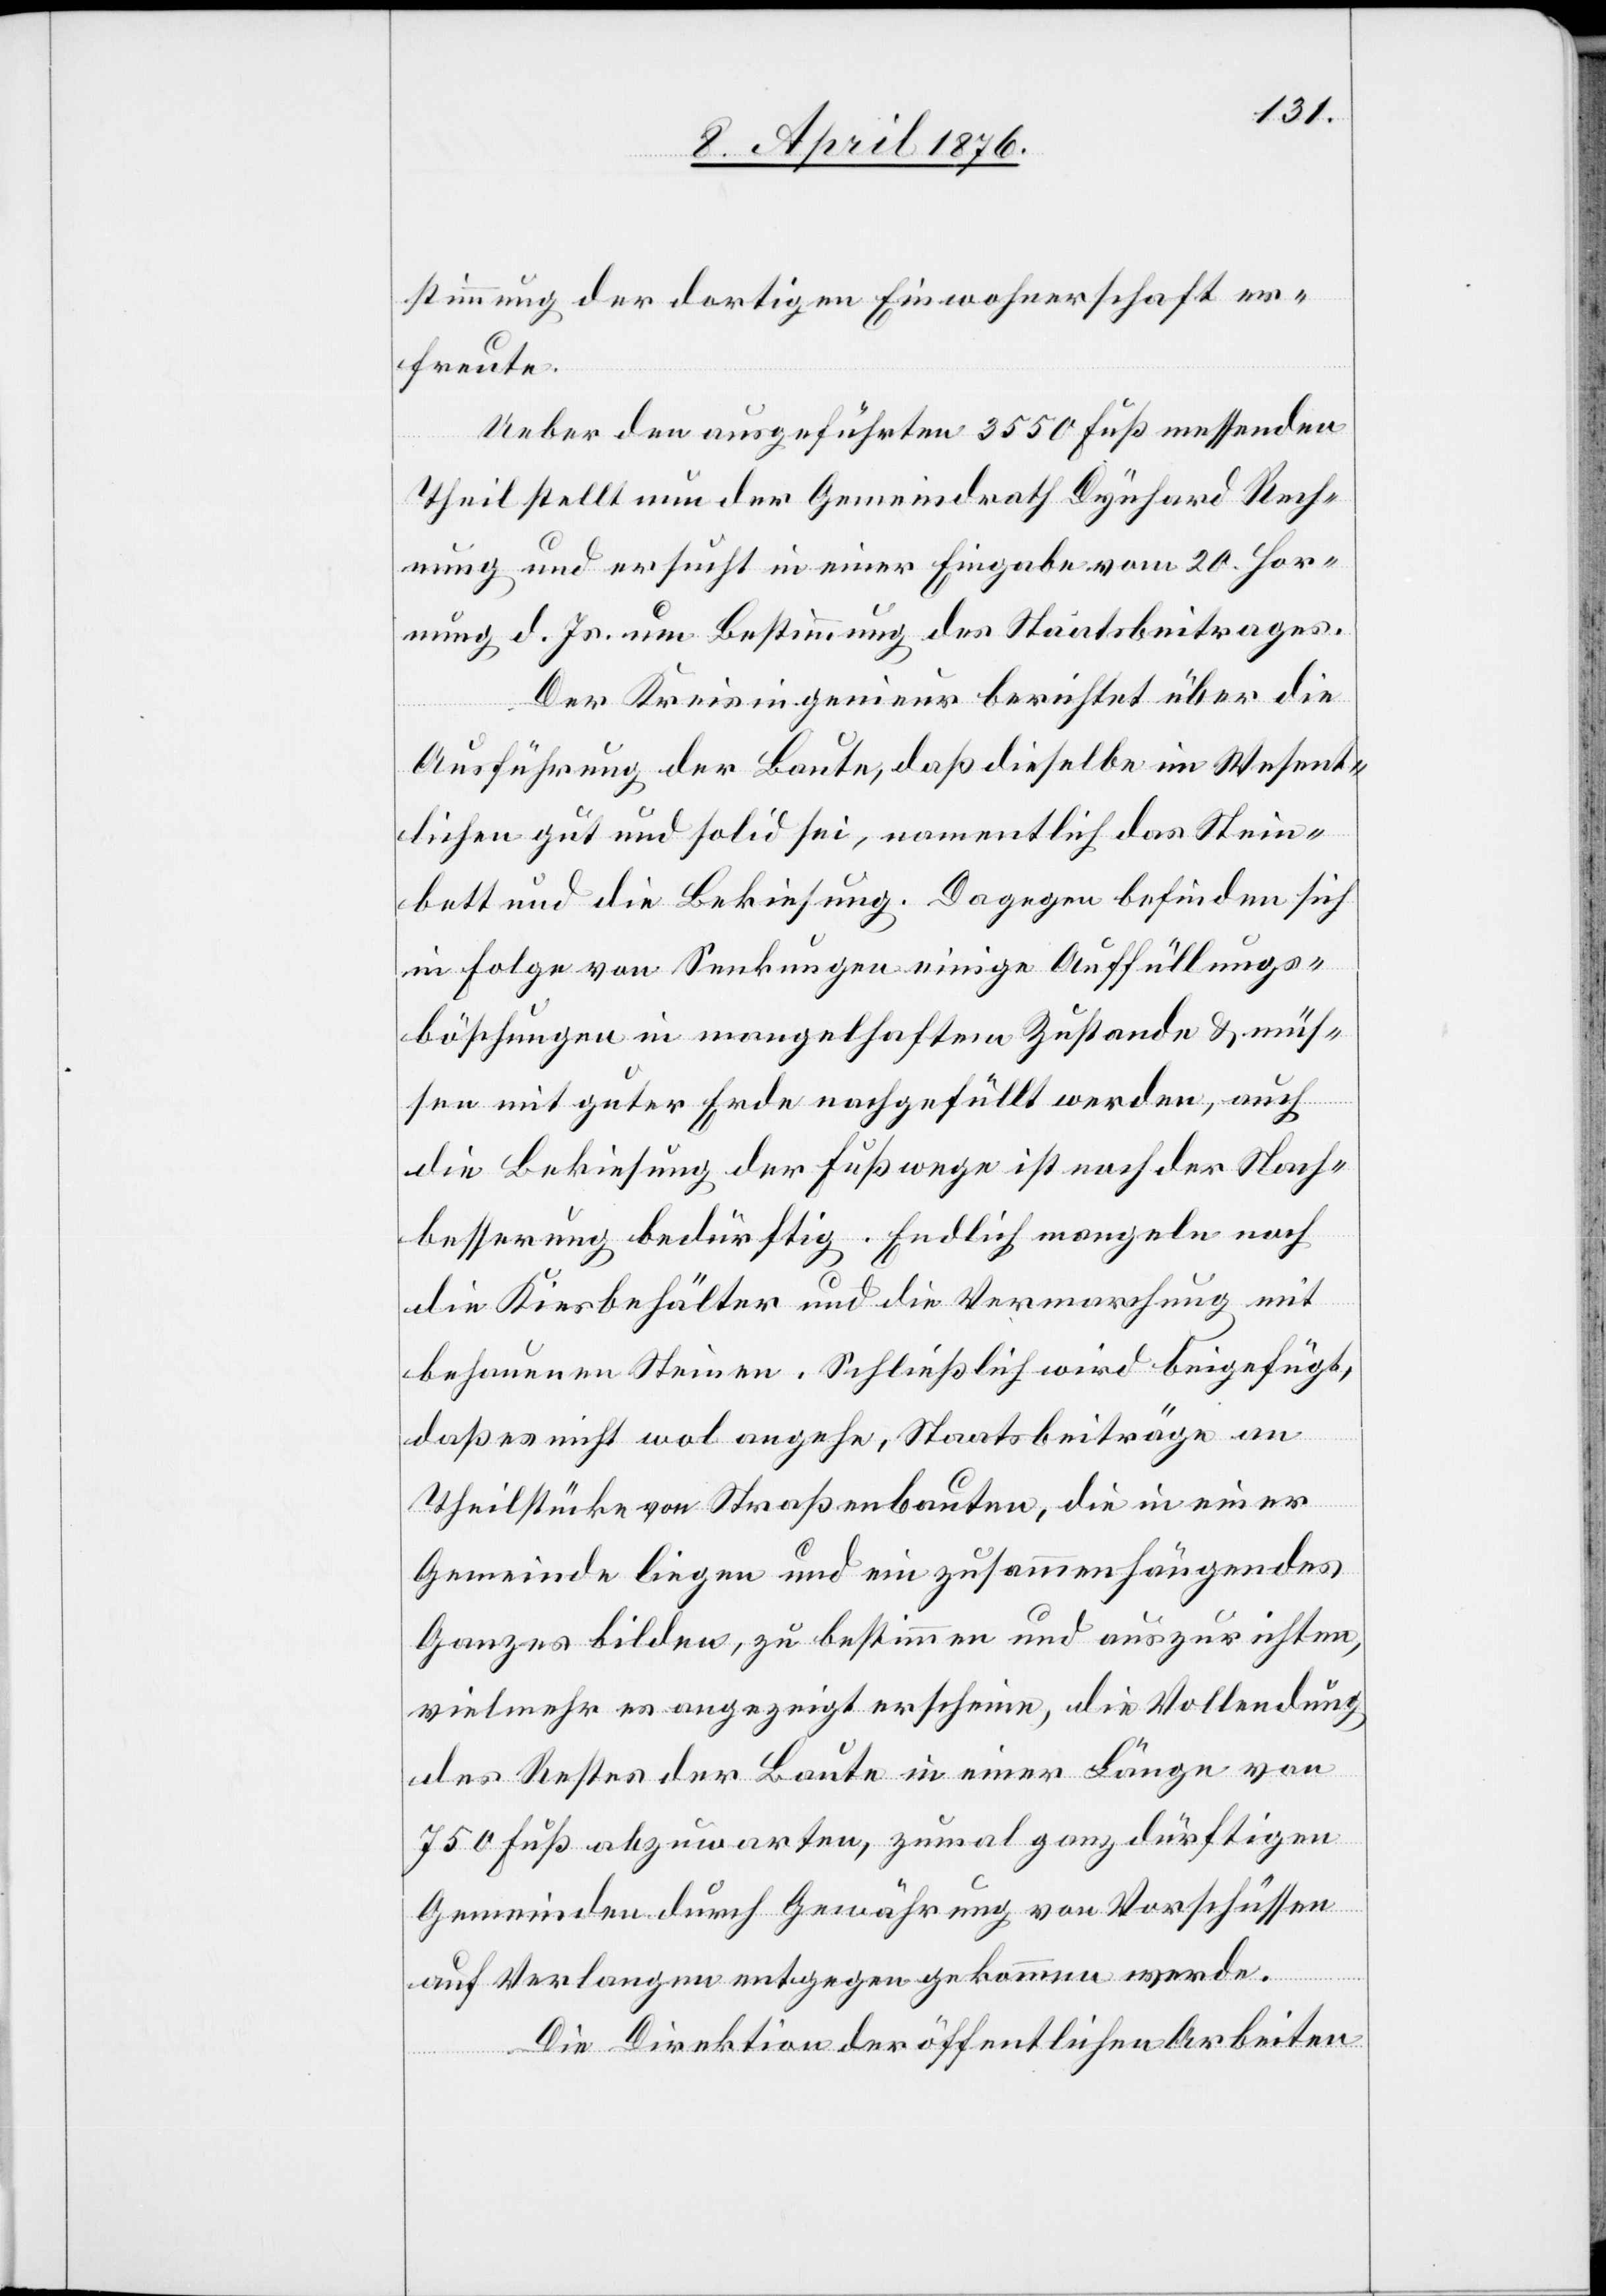
stimmung der dortigen Einwohnerschaft er¬
freute.
Ueber den ausgeführten 3550 Fuß messenden
Theil stellt nun der Gemeindrath Dynhard Rech¬
nung und ersucht in einer Eingabe vom 20. Hor¬
nung d. Js. um Bestimmung des Staatsbeitrages.
Der Kreisingenieur berichtet über die
Ausführung der Baute, das dieselbe im Wesent¬
lichen gut und solid sei, namentlich das Stein¬
bett und die Bekiesung. Dagegen befinden sich
in Folge von Senkungen einige Auffüllungs¬
böschungen in mangelhaftem Zustande & müs¬
sen mit guter Erde nachgefüllt werden, auch
die Bekiesung der Fußwege ist nach der Nach¬
besserung bedürftig. Endlich mangeln noch
die Kiesbehälter und die Vermarchung mit
behauenen Steinen. Schließlich wird beigefügt,
daß es nicht wol angehe, Staatsbeiträge an
Theilstücke von Straßenbauten, die in einer
Gemeinde liegen und ein zusammenhängendes
Ganzes bilden, zu bestimmen und auszurichten,
vielmehr es angezeigt erscheine, die Vollendung
des Restes der Baute in einer Länge von
750 Fuß abzuwarten zumal ganz dürftigen
Gemeinden durch Gewährung von Vorschüssen
auf Verlangen entgegen gekommen werde.
Die Direktion der öffentlichen Arbeiten